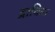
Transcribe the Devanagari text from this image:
द्राविक